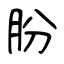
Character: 朌